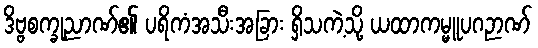
ဒိဗ္ဗစက္ခုညာဏ်၏ ပရိကံအသီးအခြား ရှိသကဲ့သို့ ယထာကမ္မူပဂဉာဏ်